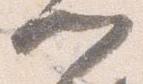
門